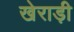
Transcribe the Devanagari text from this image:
खेराड़ी